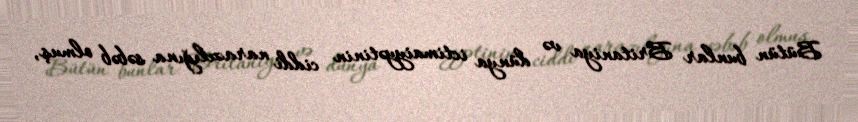
Bütün bunlar Britaniya və dünya ictimaiyyətinin ciddi narazılığına səbəb olmuş,